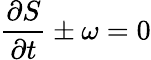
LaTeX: \frac{\partial S}{\partial t}\pm\omega=0